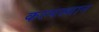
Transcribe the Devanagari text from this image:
कल्पस्थान